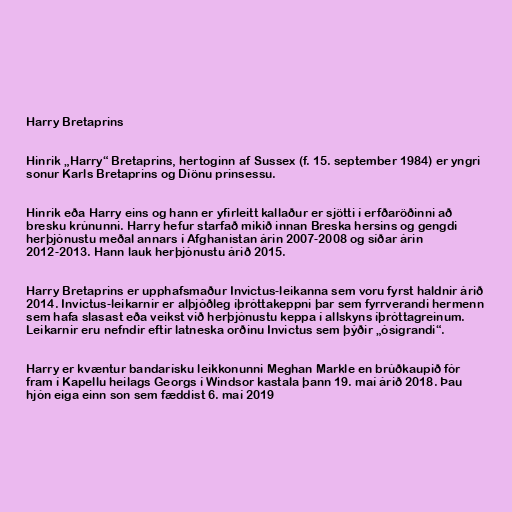
Harry Bretaprins

Hinrik „Harry“ Bretaprins, hertoginn af Sussex (f. 15. september 1984) er yngri
sonur Karls Bretaprins og Díönu prinsessu.

Hinrik eða Harry eins og hann er yfirleitt kallaður er sjötti í erfðaröðinni að
bresku krúnunni. Harry hefur starfað mikið innan Breska hersins og gengdi
herþjónustu meðal annars í Afghanistan árin 2007-2008 og síðar árin
2012-2013. Hann lauk herþjónustu árið 2015.

Harry Bretaprins er upphafsmaður Invictus-leikanna sem voru fyrst haldnir árið
2014. Invictus-leikarnir er alþjóðleg íþróttakeppni þar sem fyrrverandi hermenn
sem hafa slasast eða veikst við herþjónustu keppa í allskyns íþróttagreinum.
Leikarnir eru nefndir eftir latneska orðinu Invictus sem þýðir „ósigrandi“.

Harry er kvæntur bandarísku leikkonunni Meghan Markle en brúðkaupið fór
fram í Kapellu heilags Georgs í Windsor kastala þann 19. maí árið 2018. Þau
hjón eiga einn son sem fæddist 6. maí 2019